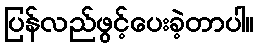
ပြန်လည်ဖွင့်ပေးခဲ့တာပါ။